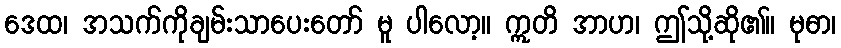
ဒေထ၊ အသက်ကိုချမ်းသာပေးတော် မူ ပါလော့။ ဣတိ အာဟ၊ ဤသို့ဆို၏။ မုဓာ၊